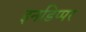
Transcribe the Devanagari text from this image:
इनडिप्पर